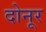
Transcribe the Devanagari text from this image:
दोनूर